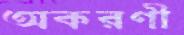
অকরণী